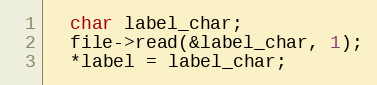
Language: C++
  char label_char;
  file->read(&label_char, 1);
  *label = label_char;